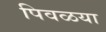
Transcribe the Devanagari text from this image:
पिवळया